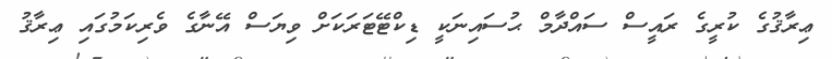
ޢިރާޤުގެ ކުރީގެ ރައީސް ސައްދާމް ޙުސައިނަކީ ޑިކްޓޭޓަރަކަށް ވިޔަސް އޭނާގެ ވެރިކަމުގައި ޢިރާޤު